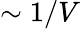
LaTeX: \sim 1/V